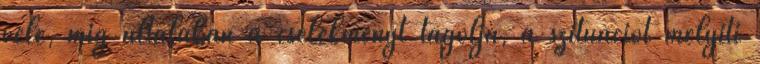
vele, míg általában a cselekményt tagolja, a szituációt mélyíti